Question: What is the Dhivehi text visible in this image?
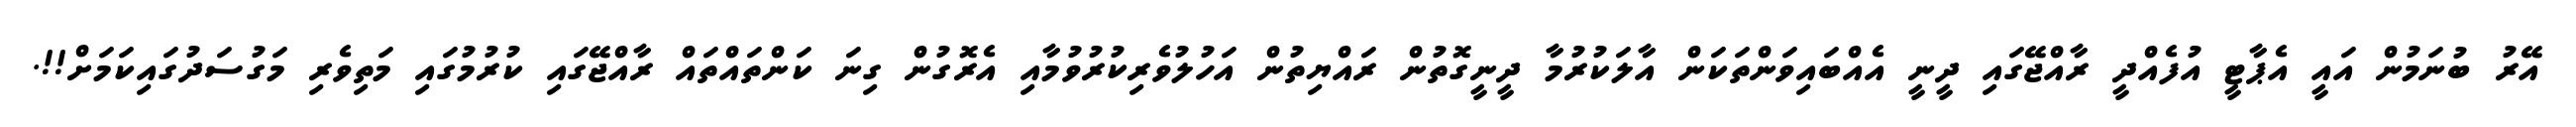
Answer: އޭރު ބުނަމުން އައީ އެޕާޓީ އުފެއްދީ ރާއްޖޭގައި ދީނީ އެއްބައިވަންތަކަން އާލަކުރުމާ ދީނީގޮތުން ރައްޔިތުން އަހުލުވެރިކުރުވުމާއި އެރޮގުން ގިނަ ކަންތައްތައް ރާއްޖޭގައި ކުރުމުގައި މަތިވެރި މަގުސަދުގައިކަމަށް!!.